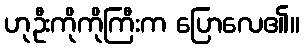
ဟုဦးကိုကိုကြီးက ပြောလေ၏။